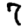
Digit: 7